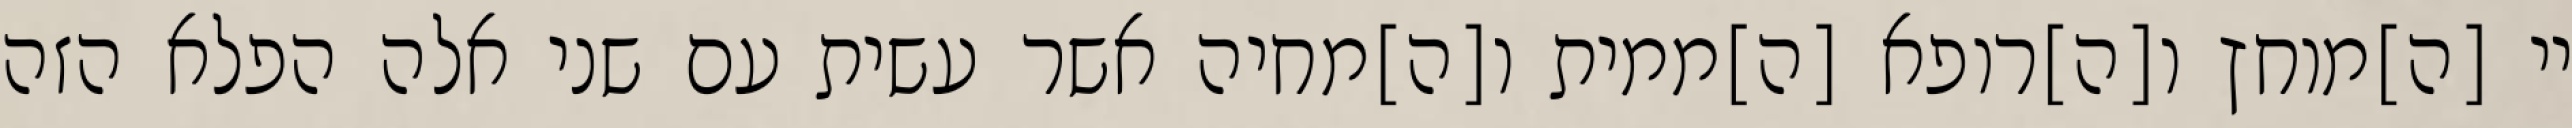
יי [ה]מוחץ ו[ה]רופא [ה]ממית ו[ה]מחיה אשר עשית עם שני אלה הפלא הזה